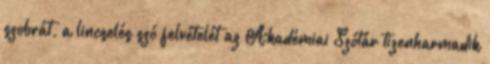
szobrát, a lincselés szó felvételét az Akadémiai Szótár tizenharmadik